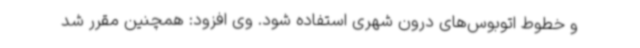
و خطوط اتوبوس‌های درون شهری استفاده شود. وی افزود: همچنین مقرر شد